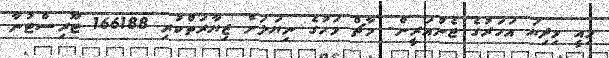
މިއީ މިދިޔަ އަހަރުގެ ޖެނުއަރީން- މާޗް މަހުގެ ނިޔަލަށް ޒިޔާރަތްކުރި 166188 ޓޫރިސްޓުނާ